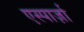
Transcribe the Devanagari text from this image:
एस्पार्ज़ा